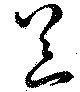
器